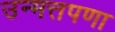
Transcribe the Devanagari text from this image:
उन्मत्तपणा